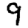
Digit: 9